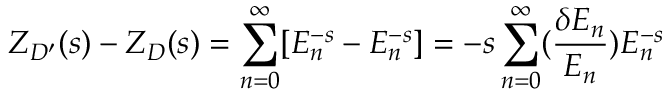
Z _ { D ^ { \prime } } ( s ) - Z _ { D } ( s ) = \sum _ { n = 0 } ^ { \infty } [ E _ { n } ^ { - s } - E _ { n } ^ { - s } ] = - s \sum _ { n = 0 } ^ { \infty } ( { \frac { \delta E _ { n } } { E _ { n } } } ) E _ { n } ^ { - s }